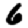
Digit: 6